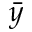
\bar { y }